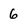
Character: 6